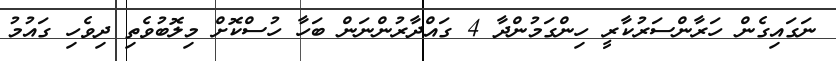
ނަގައިގެން ހަރާންސަރުކާރީ ހިންގަމުންދާ 4 ގައްދާރުންނަން ބަހާ ހުސްކޮށް މިލޮބުވެތި ދިވެހި ގައުމު